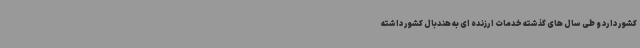
کشور دارد و طی سال های گذشته خدمات ارزنده ای به هندبال کشور داشته